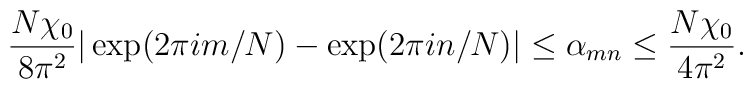
\frac{N \chi_0}{8 \pi^2} |\exp(2 \pi i m/N) - \exp(2 \pi i n/N)| \leq \alpha_{mn} \leq \frac{N \chi_0}{4 \pi^2}.